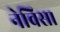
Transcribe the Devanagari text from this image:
नेविस।